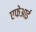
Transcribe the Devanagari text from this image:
एफेआई